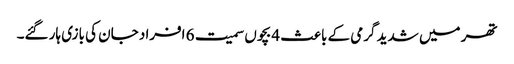
تھر میں شدید گرمی کے باعث 4 بچوں سمیت 6 افراد جان کی بازی ہار گئے۔